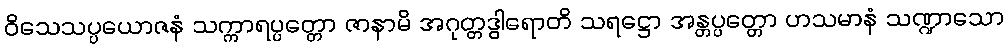
ဝိသေသပ္ပယောဇနံ သက္ကာရပ္ပတ္တော ဇာနာမိ အဂုတ္တဒွါရောတိ သရဋ္ဌော အန္တပ္ပတ္တော ဟသမာနံ သဏ္ဍာသော